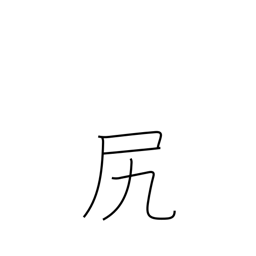
Meaning: rear